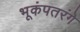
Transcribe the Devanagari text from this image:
भूकंपतरंगे